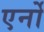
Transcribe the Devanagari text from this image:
एर्नो